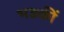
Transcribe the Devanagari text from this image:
भड़कीं